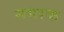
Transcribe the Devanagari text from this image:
समरक